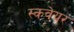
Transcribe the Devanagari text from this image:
स्कवेयर